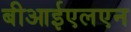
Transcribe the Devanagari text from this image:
बीआईएलएन